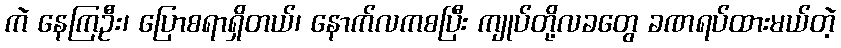
ကဲ နေကြဦး၊ ပြောစရာရှိတယ်၊ နောက်လကစပြီး ကျုပ်တို့လခတွေ ခဏရပ်ထားမယ်တဲ့